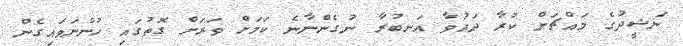
ނަޝީދުގެ މައްޗަށް ކުރާ ދައުވާ އަނބުރާ ނުގެންނާނެ ކަމަށް ވަރަށް ގޮތުގައި ހުންނަވައިގެން